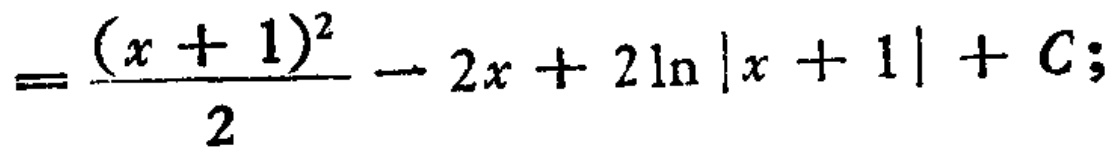
$=\frac{(x + 1)^2}{2}-2x + 2\ln|x + 1|+C;$